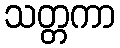
သတ္တကာ